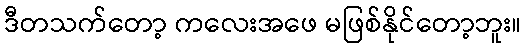
ဒီတသက်တော့ ကလေးအဖေ မဖြစ်နိုင်တော့ဘူး။